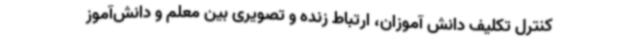
کنترل تکلیف دانش آموزان، ارتباط زنده و تصویری بین معلم و دانش‌آموز